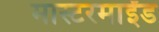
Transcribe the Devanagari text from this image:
मास्टरमाईंड